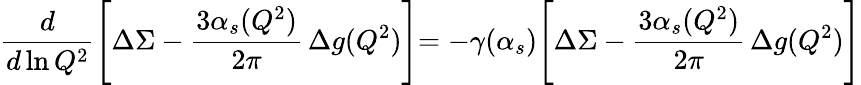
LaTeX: {\frac{d}{d\ln Q^{2}}}\Biggl[\Delta\Sigma-{\frac{3\alpha_{s}(Q^{2})}{2\pi}}\, \Delta g(Q^{2})\Biggl]=-\gamma(\alpha_{s})\Biggl[\Delta\Sigma-{\frac{3\alpha_{s}(Q^{2})}{2\pi}}\, \Delta g(Q^{2})\Biggl]